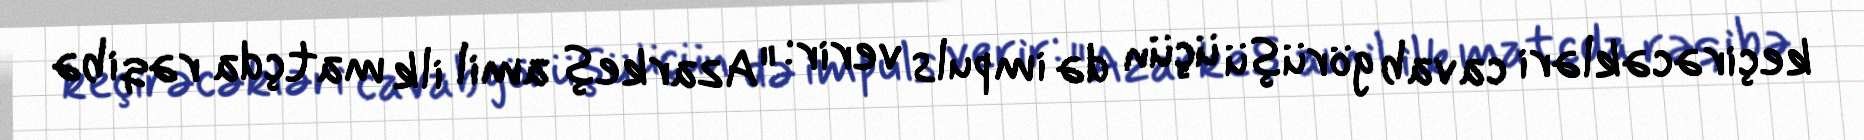
keçirəcəkləri cavab görüşü üçün də impuls verir: "Azarkeş amil ilk matçda rəqibə